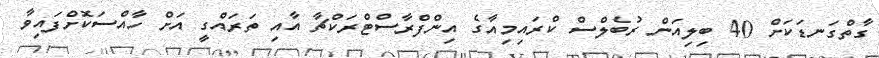
ގާތްގަނޑަކަށް 40 ބިލިއަން ރުބެލްސް ކްރައިމިއާގެ އިންފްރާސްޓްރަކްޗާ އާއި ތަރައްގީ އަށް ހާއްސަކޮށްފައިވާ